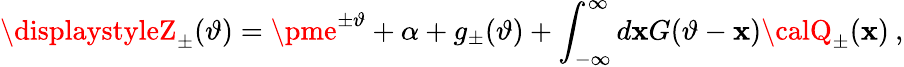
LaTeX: \displaystyleZ_{\pm}(\vartheta)=\pme^{\pm\vartheta}+\alpha+g_{\pm}(\vartheta)+\displaystyle\int_{-\infty}^{\infty}d\mathbf{x}G(\vartheta-\mathbf{x}){\calQ}_{\pm}(\mathbf{x})\: ,